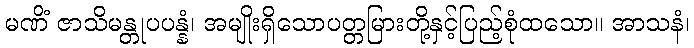
မဏိံ ဇာသိမန္တုပပန္နံ၊ အမျိုးရှိသောပတ္တမြားတို့နှင့်ပြည့်စုံထသော။ အာသနံ၊